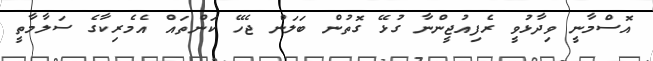
އޮސްމާނީ ވިދާޅުވީ ރެފިއުޖީންނާ ގުޅޭ ގޮތުން ބަލަން ޖެހޭ ކަންތައް އެމެރިކާގެ ސަލާމާތީ